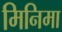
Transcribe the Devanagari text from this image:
मिनिमा